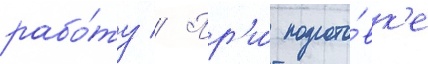
рабо́ту // Пр'и́ подгото́вк'е